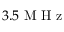
3 . 5 \mathrm { ~ M ~ H ~ z ~ }